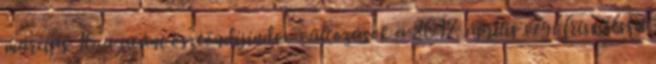
március 16-a utáni ösztöndíjindex-változások a 2017. április végi frissítéssel